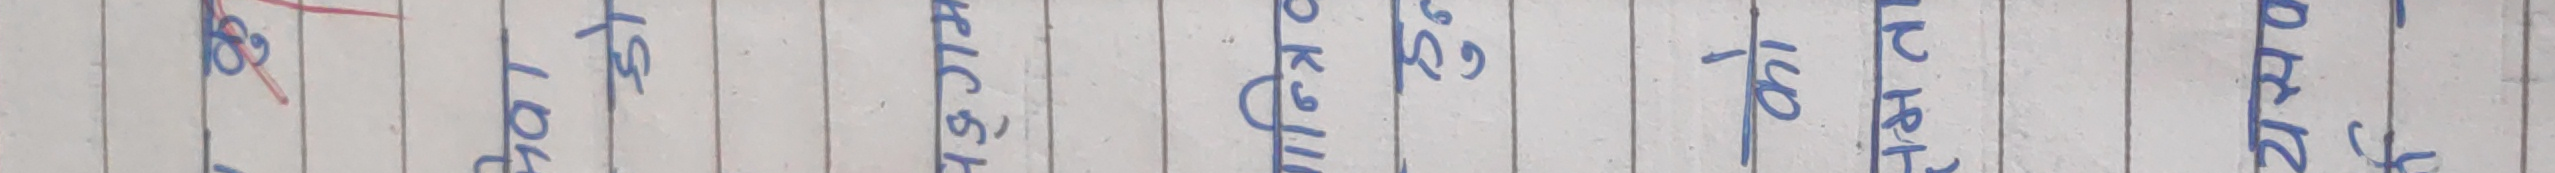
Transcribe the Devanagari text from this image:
नयाँ १० केजीको रु
२११० मात्रै